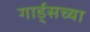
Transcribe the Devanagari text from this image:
गार्ड्‌सच्या